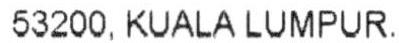
53200, KUALA LUMPUR